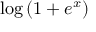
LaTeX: \log \left( 1 + e ^ { x } \right)